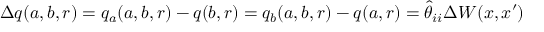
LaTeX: \Delta q ( a , b , r ) = q _ { a } ( a , b , r ) - q ( b , r ) = q _ { b } ( a , b , r ) - q ( a , r ) = \hat { \theta } _ { i i } \Delta W ( x , x ^ { \prime } )